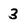
Character: 3